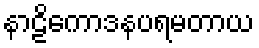
နာဠိကောဒနပရမတာယ